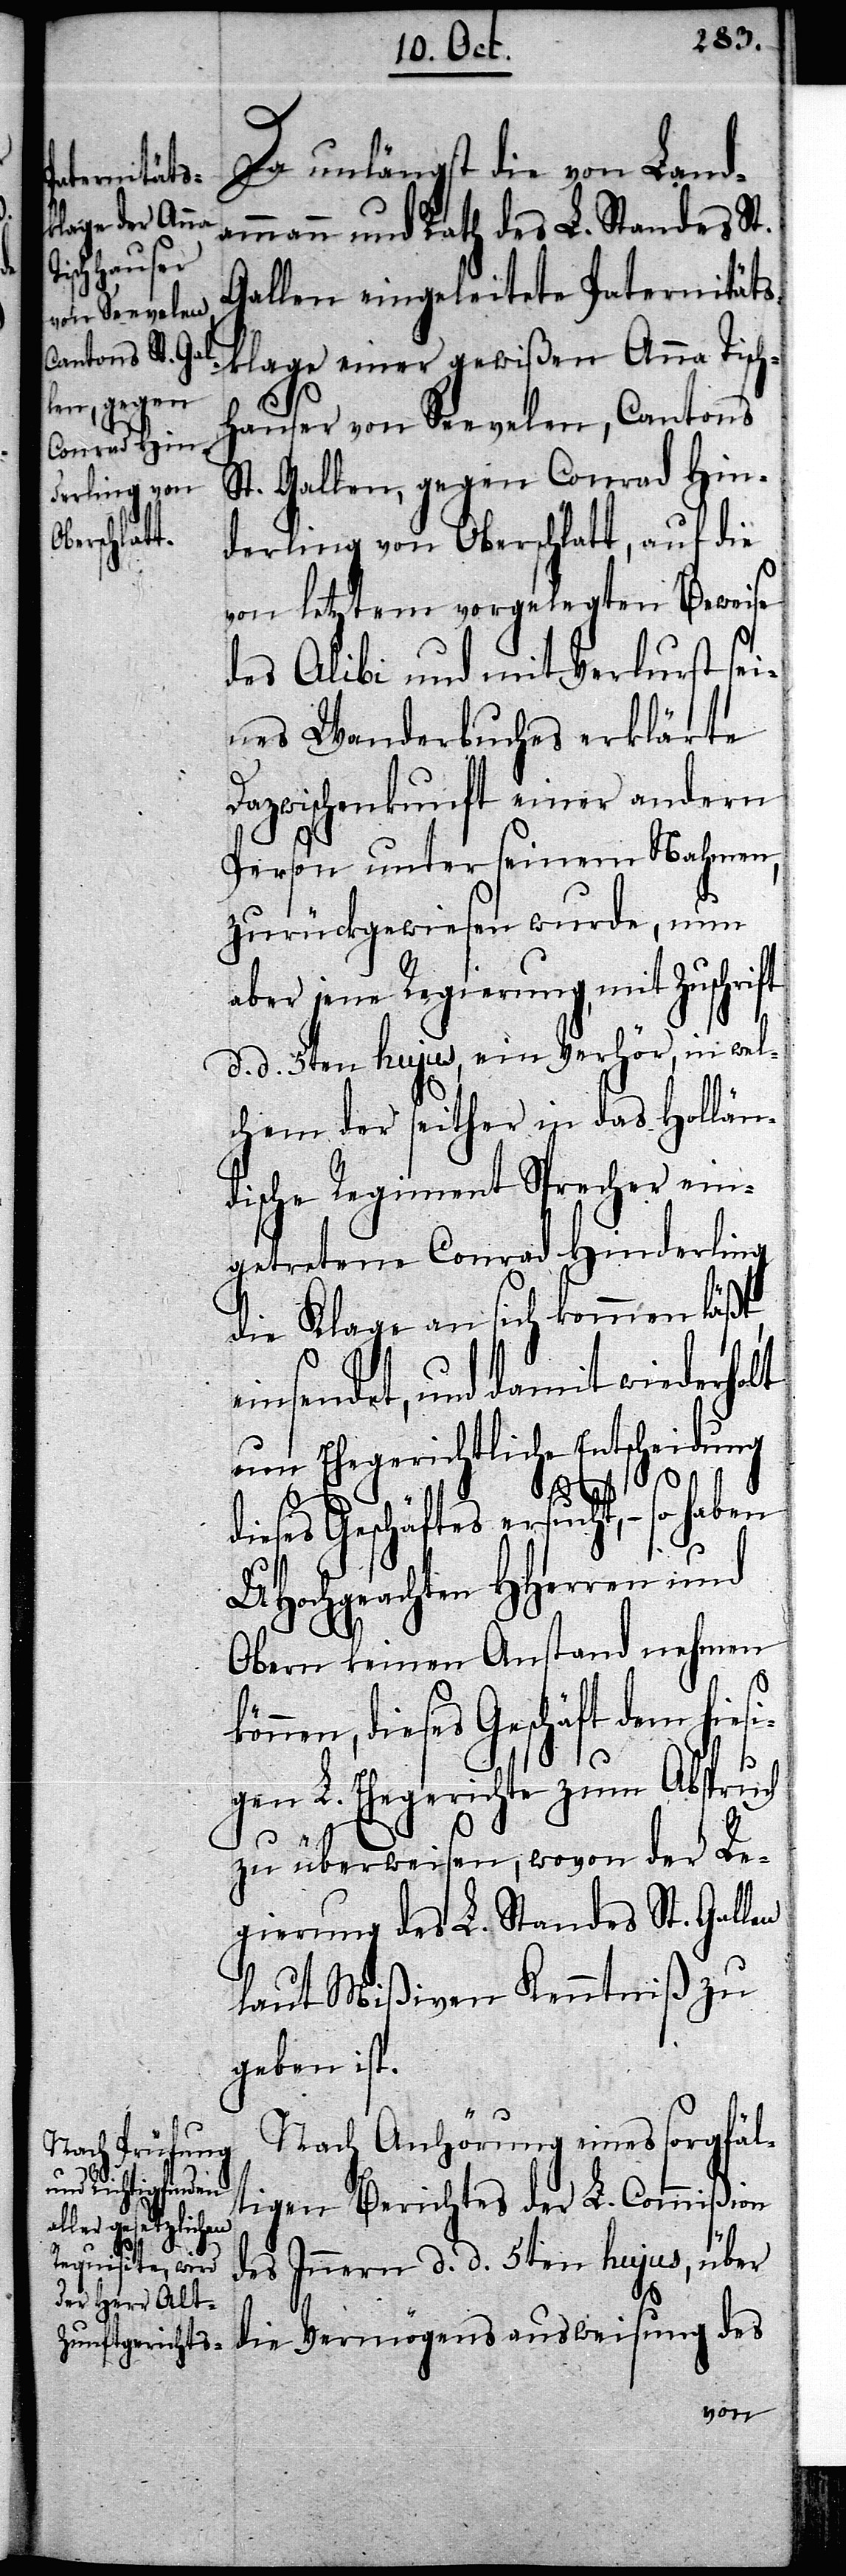
Da unlängst die von Land¬
ammann und Rath des L. Standes St.
Gallen eingeleitete Paternitäts¬
klage einer gewißen Anna Tisch¬
hauser von Seevelen, Cantons
St. Gallen, gegen Conrad Hin¬
derling von Oberschlatt, auf die
von letztem vorgelegten Beweise
des Alibi und mit Verlurst sei¬
nes Wanderbuches erklärte
Dazwischenkunft einer andern
Person unter seinem Nahmen,
zurückgewiesen wurde, nun
aber jene Regierung, mit Zuschrift
d. d. 5ten hujus, ein Verhör, in wel¬
chem der seither in das Hollän¬
dische Regiment Sprecher ein¬
getretene Conrad Hinderling
die Klage an sich kommen läßt,
einsendet, und damit wiederholt
um Ehegerichtliche Entscheidung
dieses Geschäftes ersucht, – so haben
UHochgeachten HHerren und
Obern keinen Anstand nehmen
dieses Geschäft dem hiesi¬
gen L. Ehegerichte zum Abspruch
zu überweisen, wovon der Re¬
gierung des L. Standes St. Gallen
laut Mißiven Kenntniß zu
geben ist.
Nach Anhörung eines sorgfält¬
igen Berichtes der L. Commißion
des Innern d. d. 5ten hujus, über